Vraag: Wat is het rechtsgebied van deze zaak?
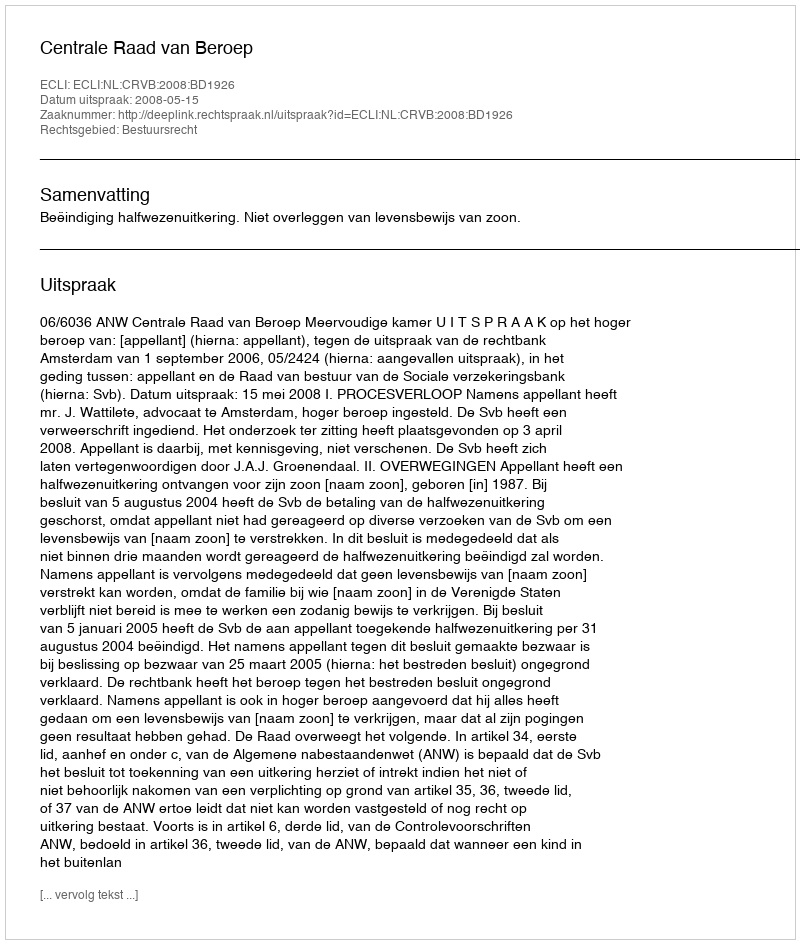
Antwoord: Bestuursrecht